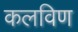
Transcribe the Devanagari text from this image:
कलविण